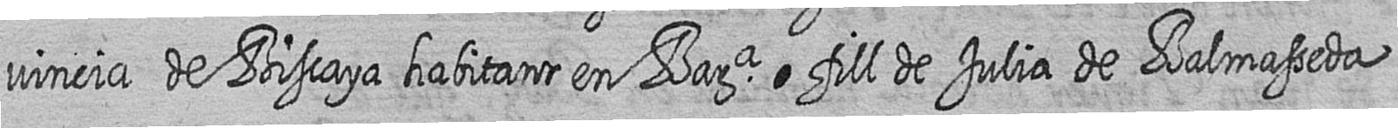
vincia de Biscaya habitant en Bara fill de Julia de Balmasseda